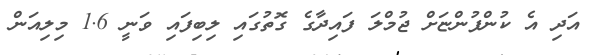
އަދި އެ ކުންފުންޏަށް ޖުމްލަ ފައިދާގެ ގޮތުގައި ލިބިފައި ވަނީ 1.6 މިލިއަން